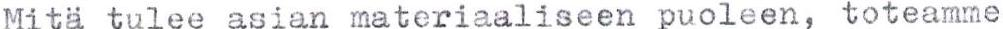
Mitä tulee asian materiaaliseen puoleen, toteamme